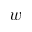
w